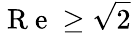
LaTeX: \mathrm{~R~e~}\ge\sqrt{2}